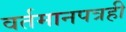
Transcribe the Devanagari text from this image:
वर्तमानपत्रही